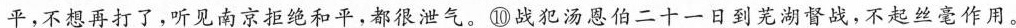
平，不想再打了，听见南京拒绝和平，都很泄气。⑩战犯汤恩伯二十一日到芜湖督战，不起丝毫作用